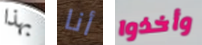
بهذا أنا وأخذوا